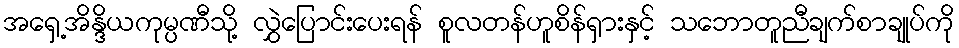
အရှေ့အိန္ဒိယကုမ္ပဏီသို့ လွှဲပြောင်းပေးရန် စူလတန်ဟူစိန်ရှားနှင့် သဘောတူညီချက်စာချုပ်ကို